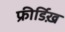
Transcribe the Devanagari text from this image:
फ्रीर्डिख़